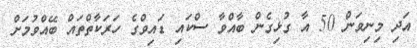
އަދި މިނިވަން 50 އާ ގުޅިގެން ބާއްވާ ސްކައި ޑައިވްގެ ހަރަކާތްތައް ބޭއްވުމަށް